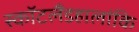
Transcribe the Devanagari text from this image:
स्कॉटलैंडहालांकि